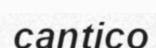
cantico